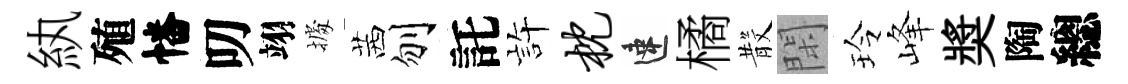
紈殖幡叨翊𢴃茜刎託静枕速橘𣪚閑玲峰奬陶總